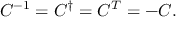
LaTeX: C ^ { - 1 } = C ^ { \dagger } = C ^ { T } = - C .